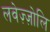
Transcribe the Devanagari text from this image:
लवेज़्ज़ोलि